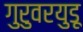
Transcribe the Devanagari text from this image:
गुरुवरयुडू